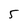
Character: 5